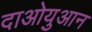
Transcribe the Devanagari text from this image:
दाओयुआन